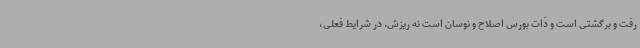
رفت و برگشتی است و ذات بورس اصلاح و نوسان است نه ریزش. در شرایط فعلی،